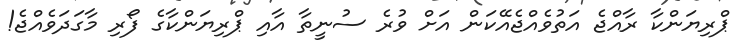
ޕްރިޔަންކާ ރާއްޖެ އަތުވެއްޖެއޭކަން އަށް ވުރެ ސުނީތާ އާއި ޕްރިޔަންކާގެ ފޯރި މާގަދަވެއްޖެ!